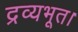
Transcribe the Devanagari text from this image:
द्रव्यभूत।